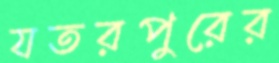
যতরপুরের